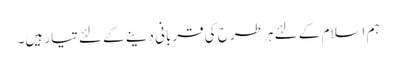
ہم اسلام کے لئے ہر طرح کی قربانی دینے کے لئے تیار ہیں۔